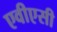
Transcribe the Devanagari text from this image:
एवीएसी